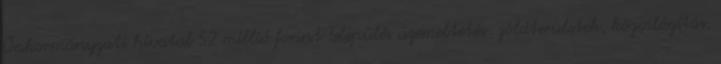
Önkormányzati hivatal 52 millió forint Település üzemeltetés zöldterületek, közvilágítás,